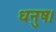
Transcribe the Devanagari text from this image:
धनुष।